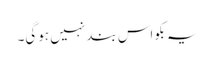
یہ بکواس بند نہیں ہوگی۔